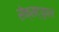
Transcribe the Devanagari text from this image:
सेक्सट्युपल